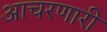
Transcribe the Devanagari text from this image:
आचरणारी